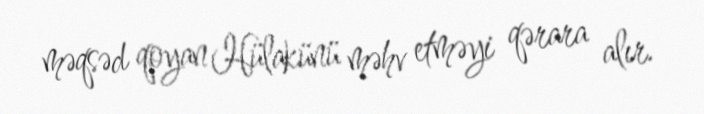
məqsəd qoyan Hülakünü məhv etməyi qərara alır.